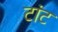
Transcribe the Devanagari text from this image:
टांट